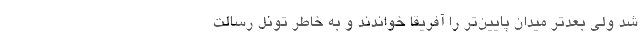
شد ولی بعدتر میدان پایین‌تر را آفریقا خواندند و به خاطر تونل رسالت